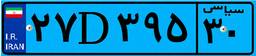
۹۰D۳۱۷۶۱